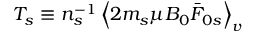
T _ { s } \equiv n _ { s } ^ { - 1 } \left\langle 2 m _ { s } \mu B _ { 0 } \bar { F } _ { 0 s } \right\rangle _ { v }